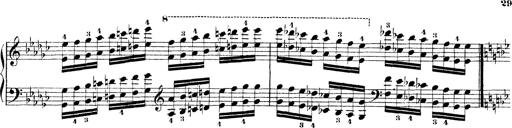
Title: Technische Studien
Composer: Franz Liszt